Report on malaria in the Punjab during the year ...  together with an account of the work of the Punjab Malaria Bureau - Volume 6
Disease focus: Malaria
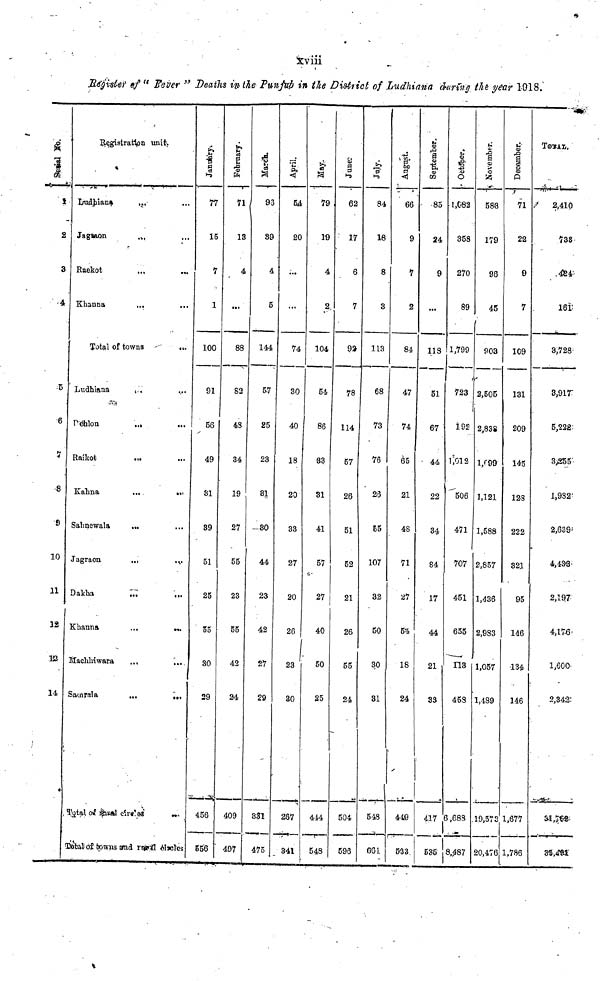
xviii
Register of "Fever" Deaths in the Punjab in the District of Ludhiana during the year 1918.
Serial No.
1
2
3
4
5
6
7
8
S
10
11
12
13
14
Registration unit.
Ludhiana
Jagtaon
Raekot
Khanna
Total of towns
Ludhiana
Dehlon
Raikot
Kahna
Sahnewala
Jagraon
Dakha
Khanna
Mahhiwara
Samrala
...
...
...
...
...
...
...
...
...
...
...
...
...
...
Total of raral circles
...
...
.,.
...
...
...
...
...
...
...
...
...
...
...
...
...
Total of towns and raral circles
January.
77
15
7
1
100
91
56
49
31
89
51
25
55
30
29
456
556
February.
71
13
4
...
88
S3
43
34
19
27
55
23
55
42
24
409
497
March.
96
89
4
5
144
57
25
23
31
80
44
23
42
27
29
331
475
April.
5,4
20
...
...
74
30
40
18
20
33
27
20
26
23
30
267
341
79
19
4
2
104
54
86
S3
31
41
57
27
40
50
25
444
548
June.
62
17
6
7
92
78
114
57
26
51
52
21
26
55
24
504
596
July.
84
18
8
3
113
68
73
76
25
65
107
32
50
30
81
543
661
August.
I
66
9
7
2
84
47
74
65
21
48
71
27
54
18
24
449
533
September.
85
24
9
...
118
51
67
44
22
34
84
17
44
21
33
417
535
October.
1,082
358
270
89
1,799
723
192
1,012
506
471
707
451
655
113
458
6,688
8,487
November.
583
179
96
45
903
2,505
2,838
1,699
1,121
1,588
2,857
1,436
2,983
1,057
1,489
19,573
20,476
December.
71
22
9
7
109
131
209
145
128
222
321
95
146
134
146
1,677
1,786
TOTAL
2,410
738
424
161
3,728
3,917
5,222
3,255
1,982
2,639
4,433-
2,197
4,176
1,600
2,342
81,783
35,491.